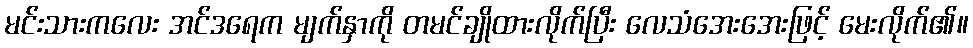
မင်းသားကလေး အင်ဒရေက မျက်နှာကို တမင်ချိုထားလိုက်ပြီး လေသံအေးအေးဖြင့် မေးလိုက်၏။